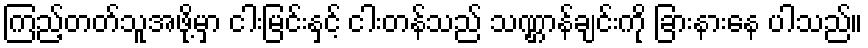
ကြည့်တတ်သူအဖို့မှာ ငါးမြင်းနှင့် ငါးတန်သည် သဏ္ဌာန်ချင်းကို ခြားနားနေ ပါသည်။